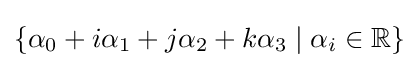
\{\alpha _{0}+i\alpha _{1}+j\alpha _{2}+k\alpha _{3}\mid \alpha _{i}\in \mathbb {R} \}